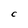
Character: C